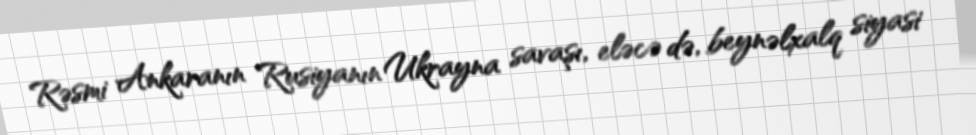
Rəsmi Ankaranın Rusiyanın Ukrayna savaşı, eləcə də, beynəlxalq siyasi